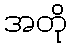
အတို